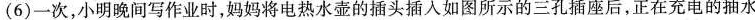
(6)一次，小明晚间写作业时，妈妈将电热水壶的插头插入如图所示的三孔插座后，正在充电的抽水